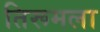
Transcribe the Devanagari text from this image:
तिरूमला